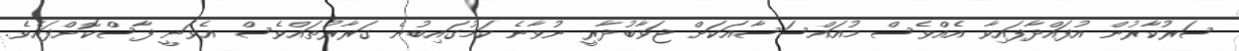
ސަރުކާރުން އުފައްދާފައިވާ އެއްވެސް މުއައްސަސާއަކަށް ޖަވާބުދާރީ ނުވާނެ ކަމުގައިބުނެ ގަރާރުތައްވެސް އެވަނީ ފާސްކޮށްފައެވެ.